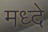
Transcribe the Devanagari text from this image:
मध्दे